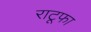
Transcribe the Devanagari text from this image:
राटूफा